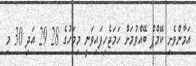
އަމާންވެށި ކޭމްޕް ބޭއްވުމަށް ހަމަޖެހިފައިވަނީ މިމަހުގެ 28 29 އަދި 30 މި